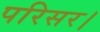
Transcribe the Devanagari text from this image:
परिसर।